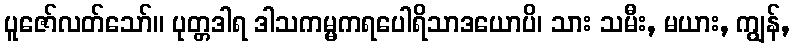
ပူဇော်လတ်သော်။ ပုတ္တဒါရ ဒါသကမ္မကရပေါရိသာဒယောပိ၊ သား သမီး, မယား, ကျွန်,